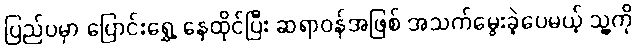
ပြည်ပမှာ ပြောင်းရွှေ့ နေထိုင်ပြီး ဆရာဝန်အဖြစ် အသက်မွေးခဲ့ပေမယ့် သူ့ကို